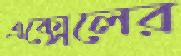
এক্সেলের